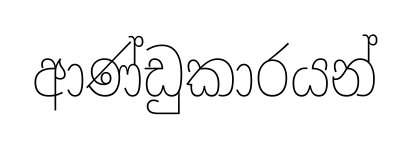
ආණ්ඩුකාරයන්